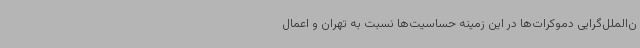
ن‌الملل‌گرایی دموکرات‌ها در این زمینه حساسیت‌ها نسبت به تهران و اعمال